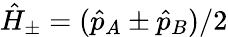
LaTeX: \hat{H}_{\pm}=(\hat{p}_{A}\pm\hat{p}_{B})/2